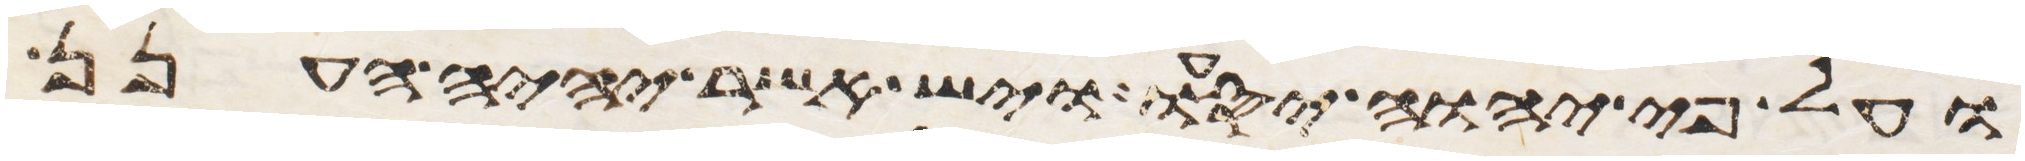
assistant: ועל פי יהוה יסעו ויש אשר יהיה הענן